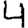
Digit: 4